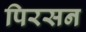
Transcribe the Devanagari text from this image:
पिरसन